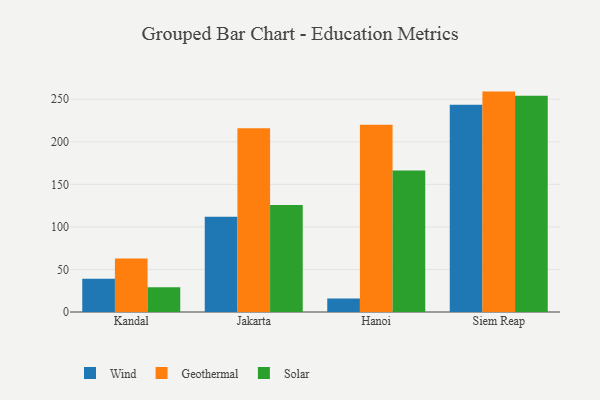
{"axis": {"x": "City", "y": "Churn Rate (%)"}, "legend": ["Geothermal", "Solar", "Wind"], "data": [{"x": "Kandal", "y": 39.1, "type": "Wind"}, {"x": "Kandal", "y": 63.0, "type": "Geothermal"}, {"x": "Kandal", "y": 29.0, "type": "Solar"}, {"x": "Jakarta", "y": 112.0, "type": "Wind"}, {"x": "Jakarta", "y": 215.9, "type": "Geothermal"}, {"x": "Jakarta", "y": 125.7, "type": "Solar"}, {"x": "Hanoi", "y": 15.9, "type": "Wind"}, {"x": "Hanoi", "y": 219.9, "type": "Geothermal"}, {"x": "Hanoi", "y": 166.4, "type": "Solar"}, {"x": "Siem Reap", "y": 243.6, "type": "Wind"}, {"x": "Siem Reap", "y": 259.0, "type": "Geothermal"}, {"x": "Siem Reap", "y": 254.2, "type": "Solar"}]}